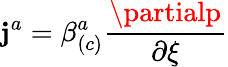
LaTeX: \mathbf{j}^{a}=\beta_{\left(c\right)}^{a}\frac{{\partialp}}{{\partial\xi}}